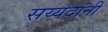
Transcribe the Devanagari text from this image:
सय्यदांनी